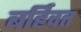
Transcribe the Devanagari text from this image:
बर्हिवत